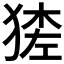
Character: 𱮉